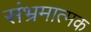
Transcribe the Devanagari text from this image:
संभ्रमात्मक